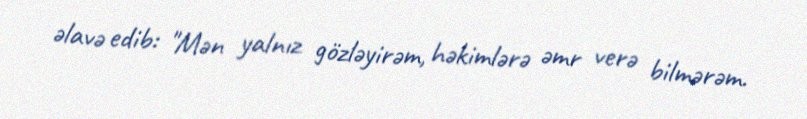
əlavə edib: "Mən yalnız gözləyirəm, həkimlərə əmr verə bilmərəm.